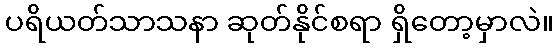
ပရိယတ်သာသနာ ဆုတ်နိုင်စရာ ရှိတော့မှာလဲ။